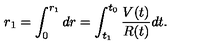
r _ { 1 } = \int _ { 0 } ^ { r _ { 1 } } d r = \int _ { t _ { 1 } } ^ { t _ { 0 } } \frac { V ( t ) } { R ( t ) } d t .